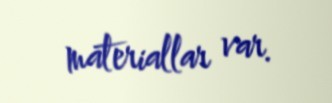
materiallar var.